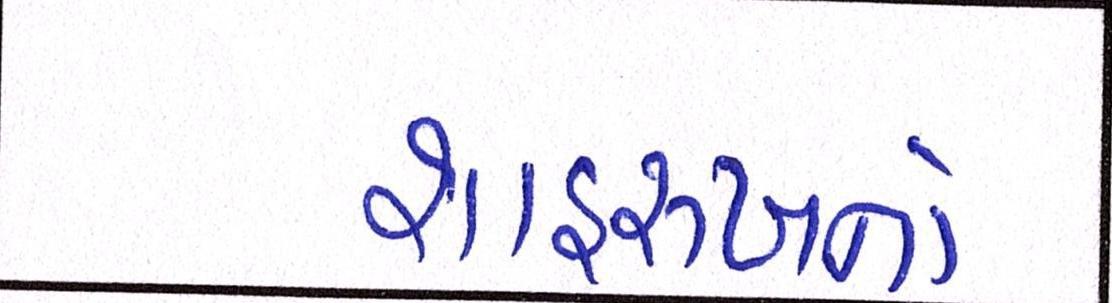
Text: શાહરુખનો